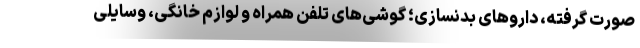
صورت گرفته، داروهای بدنسازی؛ گوشی‌های تلفن همراه و لوازم خانگی، وسایلی